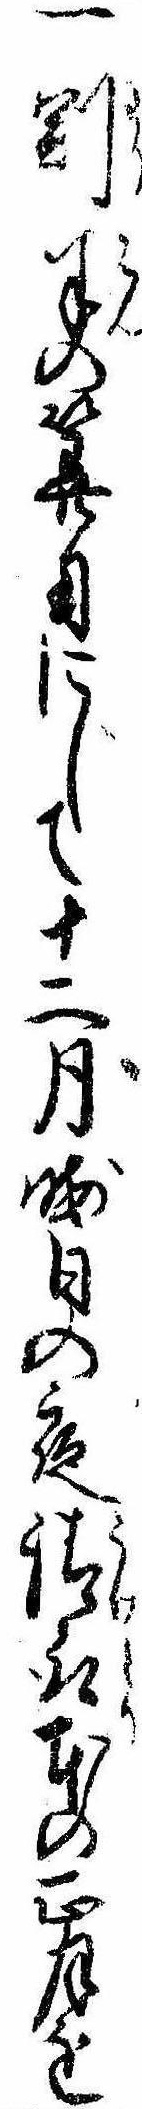
一割半の算用にして十二月晦日の夜請取本の正月を